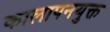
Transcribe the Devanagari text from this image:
कालापनयुक्त